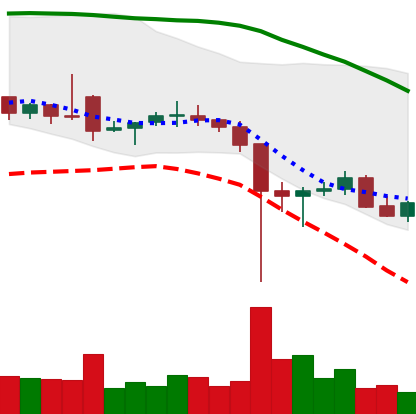
Ticker: ETC-USD
Chart end date: 2021-12-11
Forward return: -7.433%
Label: down_7plus